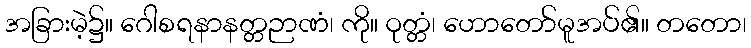
အခြားမဲ့၌။ ဂေါစရနာနတ္တဉာဏံ၊ ကို။ ဝုတ္တံ၊ ဟောတော်မူအပ်၏။ တတော၊